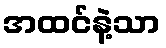
အထင်နဲ့သာ